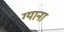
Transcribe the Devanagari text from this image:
ग्याना